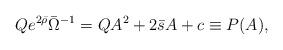
LaTeX: \begin{align*}Q e^{2\bar{\rho}}\bar{\Omega}^{-1}=QA^2+2\bar{s}A+c \equiv P(A),\end{align*}